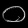
Digit: ၀